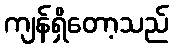
ကျန်ရှိတော့သည်